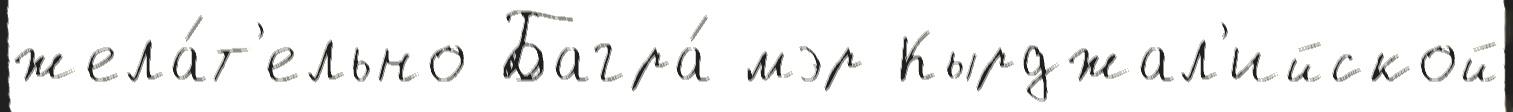
жела́т'ельно Багра́ мэр Кырджал'ийской